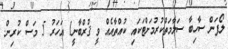
ލޯފަން ސާހިބާ ސަލާމަތްކުރުމަށްޓަކައި ކުއްތާއެއް ވީ ޤުރްބާނީ1 އަހަރު 5 މަސް ކުރިން.